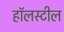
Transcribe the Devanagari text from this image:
हॉलस्टील